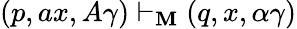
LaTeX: (p,ax,A\gamma)\vdash_{\mathbf{M}}(q,x,\alpha\gamma)